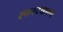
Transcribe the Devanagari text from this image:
स्फाटकल्प